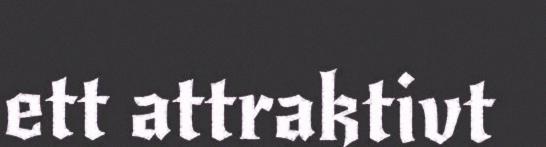
ett attraktivt